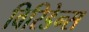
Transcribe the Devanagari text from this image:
विरिडेन्स